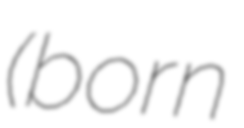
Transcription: (born